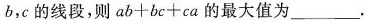
b，c的线段，则 $$a b + b c + c a$$ 的最大值为___.